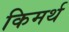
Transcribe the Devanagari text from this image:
किमर्थ